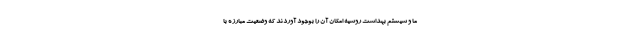
ما و سیستم بهداشت روسیه امکان آن را بوجود آوردند که وضعیت مبارزه با